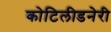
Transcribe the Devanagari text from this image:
कोटिलीडनेरी